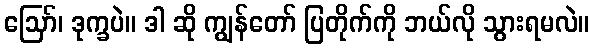
ဪ၊ ဒုက္ခပဲ။ ဒါ ဆို ကျွန်တော် ပြတိုက်ကို ဘယ်လို သွားရမလဲ။